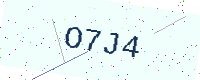
Text: O7J4